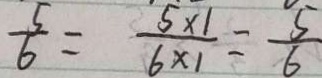
\frac { 5 } { 6 } = \frac { 5 \times 1 } { 6 \times 1 } = \frac { 5 } { 6 }